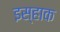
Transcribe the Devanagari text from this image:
इस्हाक